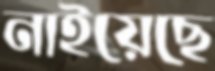
নাইয়েছে